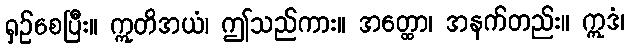
ရှဉ်စေပြီး။ ဣတိအယံ၊ ဤသည်ကား။ အတ္ထော၊ အနက်တည်း။ ဣဒံ၊